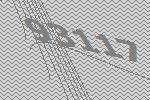
93117